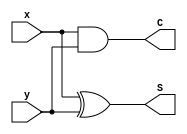
module half_adder_gate(x,y,S,C);
  input x,y;
  output S,C;
  xor(S,x,y);
  and(C,x,y);
endmodule

module half_adder_df(x,y,S,C);
  input x,y;
  output S,C;
  assign S = x^y;
  assign C = x&y;
endmodule

module half_adder_beh(x,y,S,C);
  input x,y;
  output reg S,C;
  always @(x,y)
  begin
    {S,C}=(x+y);
  end
endmodule

module ha_tb;
 reg x,y;
 wire S,C;
 integer i;
 half_adder_beh HA(x,y,S,C);
 initial 
 begin
   for(i=2'b00;i<4;i=i+1)
   begin
     {x,y}=i;#10;
   end
   {x,y}=2'b00;
 end
 endmodule